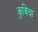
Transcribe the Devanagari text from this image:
कुबिचा